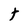
Character: t